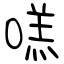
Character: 㗝